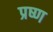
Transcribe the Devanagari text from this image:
प्रष्ण